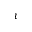
\tau